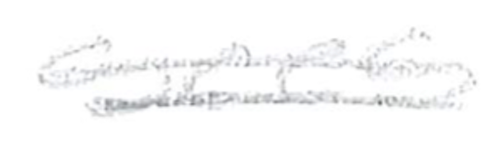
Text: sees
Cross-out: double-line
Writing tool: pencil